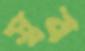
স্বব